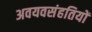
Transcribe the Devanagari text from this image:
अवयवसंहतियों